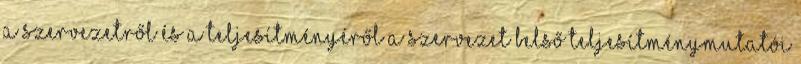
a szervezetről és a teljesítményéről a szervezet belső teljesítménymutatói